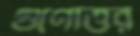
গুণোত্তর